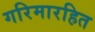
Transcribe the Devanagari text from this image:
गरिमारहित